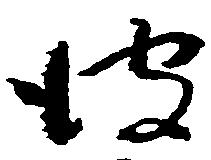
彼